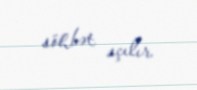
söhbət açılır.